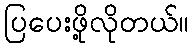
ပြပေးဖို့လိုတယ်။